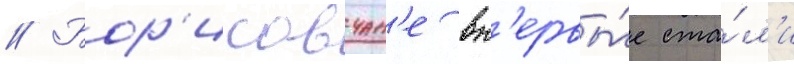
// Бор'исовчан'е вп'ервы́е ста́л'и